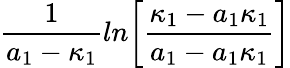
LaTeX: {\frac{1}{a_{1}-\kappa_{1}}}ln\biggl[{\frac{\kappa_{1}-a_{1}\kappa_{1}}{a_{1}-a_{1}\kappa_{1}}}\biggr]